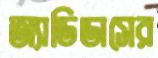
অ্যাডিডাসের